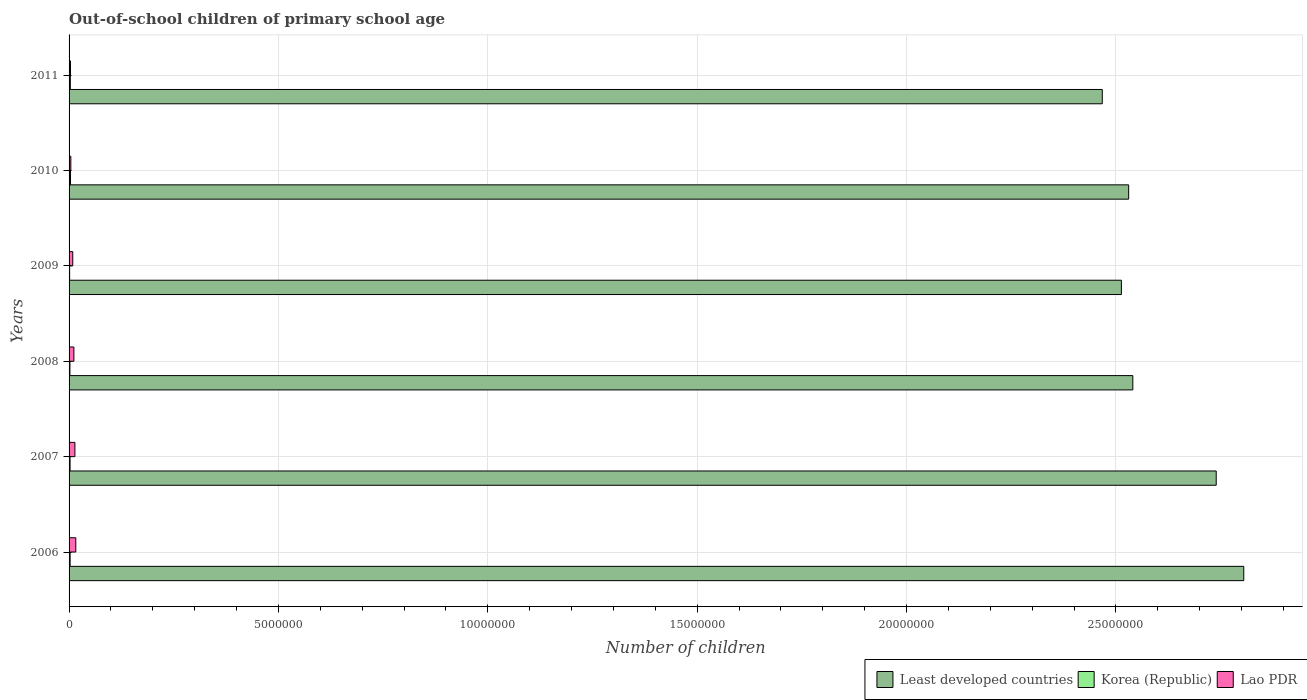
| Years | Least developed countries | Korea (Republic) | Lao PDR |
 | --- | --- | --- | --- |
 | 2006 | 2.81e+07 | 2.47e+04 | 1.61e+05 |
 | 2007 | 2.74e+07 | 2.36e+04 | 1.39e+05 |
 | 2008 | 2.54e+07 | 1.99e+04 | 1.15e+05 |
 | 2009 | 2.51e+07 | 1.38e+04 | 8.77e+04 |
 | 2010 | 2.53e+07 | 3.47e+04 | 4.2e+04 |
 | 2011 | 2.47e+07 | 3.04e+04 | 3.39e+04 |